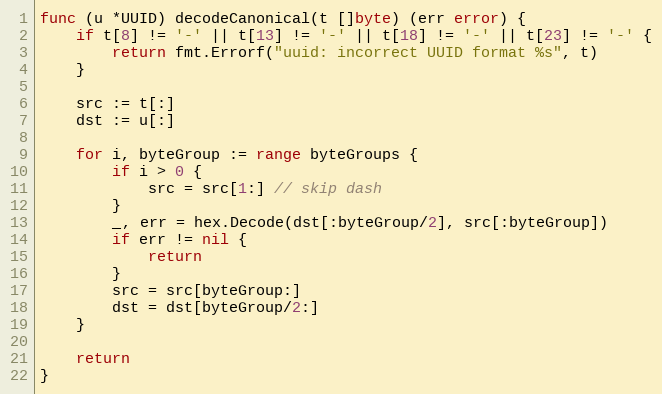
Language: Go
func (u *UUID) decodeCanonical(t []byte) (err error) {
	if t[8] != '-' || t[13] != '-' || t[18] != '-' || t[23] != '-' {
		return fmt.Errorf("uuid: incorrect UUID format %s", t)
	}

	src := t[:]
	dst := u[:]

	for i, byteGroup := range byteGroups {
		if i > 0 {
			src = src[1:] // skip dash
		}
		_, err = hex.Decode(dst[:byteGroup/2], src[:byteGroup])
		if err != nil {
			return
		}
		src = src[byteGroup:]
		dst = dst[byteGroup/2:]
	}

	return
}